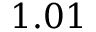
1 . 0 1